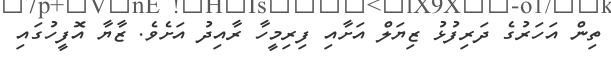
ތިން އަހަރުގެ ދަރިފުޅު ޒިޔަލް އަށާއި ފިރިމީހާ ރާއިދު އަށެވެ. ޒާޔާ އޮފީހުގައި